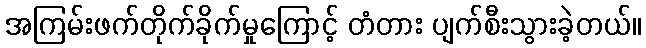
အကြမ်းဖက်တိုက်ခိုက်မှုကြောင့် တံတား ပျက်စီးသွားခဲ့တယ်။